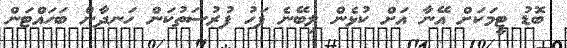
ބޮޑު ޓީމަކަށް އޭނާ އަށް ކުޅެން ލިބޭނެ ފަހު ފުރުސަތުކަން ހަނދާން ބަހައްޓަން